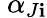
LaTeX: \ \alpha_{J\mathbf{i}}